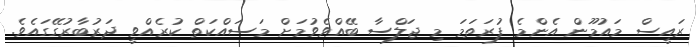
ރައީސް މައުމޫން އެންމެ ފުރަތަމަ މި ޖަލްސާ ބޭއްވެވުމަށް މަސައްކަތް ކުރެއްވީ ދަރުބާރުގޭގައެވެ.